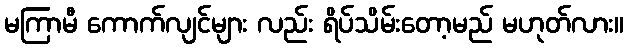
မကြာမီ ကောက်လျင်များ လည်း ရိပ်သိမ်းတော့မည် မဟုတ်လား။